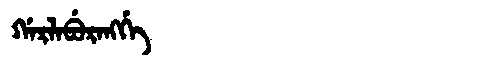
Manchu: ᡤᠠᡵᠯᠠᠪᡠᡵᠠᠩᡤᡝ
Romanization: GARLABURANGGE